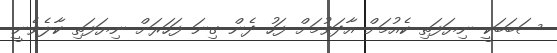
ސަބަބަކީ ނިޔަފަތި ކެއުމަށް އާދަވުމަށް ފަހު ދެން ގިނަ ފަހަރަށް ނިޔަފަތި ކާލެވެނީ